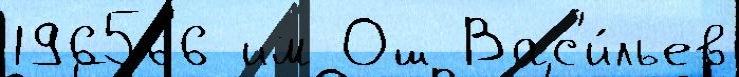
196566 им Ош Вас'и́льев